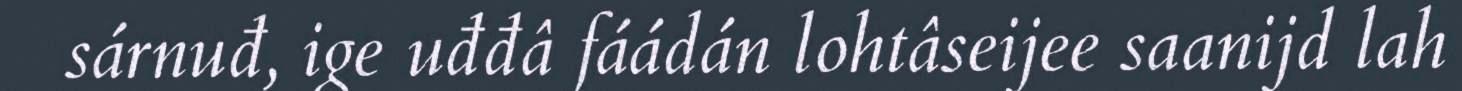
sárnuđ, ige uđđâ fáádán lohtâseijee saanijd lah